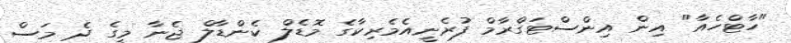
"ހާޓްހެއާ" އިން އިންސްޓަގްރާމް ފުރެނީއެމެރިކާގެ މޮޑެލް ކެންޑާލް ޖެނާ މީގެ ދެ މަސް